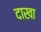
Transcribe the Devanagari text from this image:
दाखा